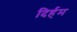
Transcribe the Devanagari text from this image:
दिर्हम